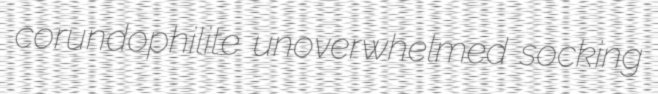
corundophilite unoverwhelmed socking